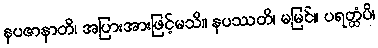
နပဇာနာတိ၊ အပြားအားဖြင့်မသိ။ နပဿတိ၊ မမြင်။ ပရတ္ထံပိ၊